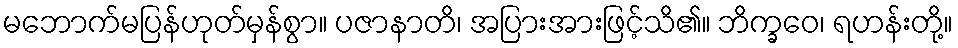
မဘောက်မပြန်ဟုတ်မှန်စွာ။ ပဇာနာတိ၊ အပြားအားဖြင့်သိ၏။ ဘိက္ခဝေ၊ ရဟန်းတို့။